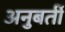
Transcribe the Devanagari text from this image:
अनुबर्ती